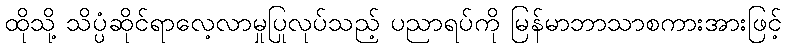
ထိုသို့ သိပ္ပံဆိုင်ရာလေ့လာမှုပြုလုပ်သည့် ပညာရပ်ကို မြန်မာဘာသာစကားအားဖြင့်